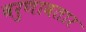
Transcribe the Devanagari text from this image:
वरुणावतार